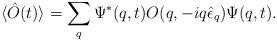
LaTeX: \begin{align*}\langle \hat{O}(t)\rangle =\sum_q \Psi^*(q,t)O(q,-iq\hat{\epsilon}_q)\Psi(q,t).\end{align*}